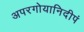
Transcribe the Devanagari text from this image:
अपरगोयानिदीपं